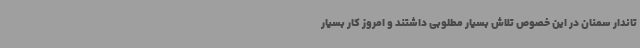
تاندار سمنان در این خصوص تلاش بسیار مطلوبی داشتند و امروز کار بسیار